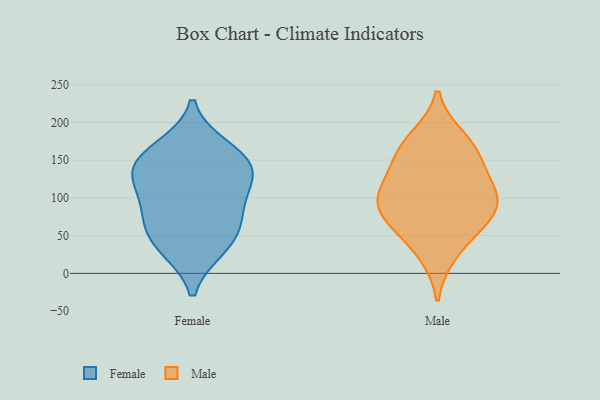
{"axis": {"x": "Satisfaction Score", "y": "Value"}, "legend": ["Female", "Male"], "data": [{"x": "", "y": 76, "type": "Female"}, {"x": "", "y": 98, "type": "Female"}, {"x": "", "y": 155, "type": "Female"}, {"x": "", "y": 34, "type": "Female"}, {"x": "", "y": 136, "type": "Female"}, {"x": "", "y": 166, "type": "Female"}, {"x": "", "y": 128, "type": "Female"}, {"x": "", "y": 39, "type": "Female"}, {"x": "", "y": 67, "type": "Female"}, {"x": "", "y": 134, "type": "Female"}, {"x": "", "y": 179, "type": "Male"}, {"x": "", "y": 59, "type": "Male"}, {"x": "", "y": 116, "type": "Male"}, {"x": "", "y": 80, "type": "Male"}, {"x": "", "y": 76, "type": "Male"}, {"x": "", "y": 26, "type": "Male"}, {"x": "", "y": 158, "type": "Male"}, {"x": "", "y": 96, "type": "Male"}, {"x": "", "y": 126, "type": "Male"}, {"x": "", "y": 98, "type": "Male"}, {"x": "", "y": 164, "type": "Male"}]}